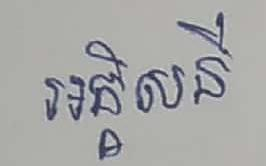
អគ្គិសនី